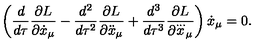
\left( \frac { d } { d \tau } \frac { \partial L } { \partial { \dot { x } } _ { \mu } } - \frac { d ^ { 2 } } { d \tau ^ { 2 } } \frac { \partial L } { \partial { \ddot { x } } _ { \mu } } + \frac { d ^ { 3 } } { d \tau ^ { 3 } } \frac { \partial L } { \partial { \stackrel { \ldots } { x } } _ { \mu } } \right) { \dot { x } } _ { \mu } = 0 .